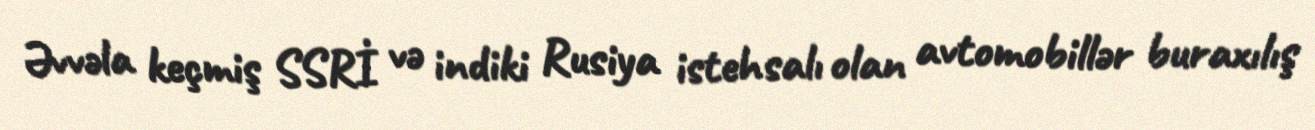
Əvvəla keçmiş SSRİ və indiki Rusiya istehsalı olan avtomobillər buraxılış